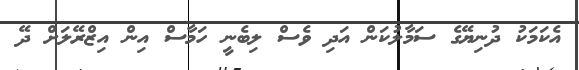
އެކަމަކު ދުނިޔޭގެ ސަމާލުކަން އަދި ވެސް ލިބެނީ ހަމާސް އިން އިޒްރޭލަށް ދޭ